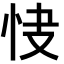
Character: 𢘦